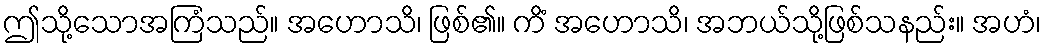
ဤသို့သောအကြံသည်။ အဟောသိ၊ ဖြစ်၏။ ကိံ အဟောသိ၊ အဘယ်သို့ဖြစ်သနည်း။ အဟံ၊